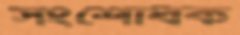
সংশোধক